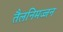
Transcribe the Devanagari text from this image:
तैलनिमज्जन